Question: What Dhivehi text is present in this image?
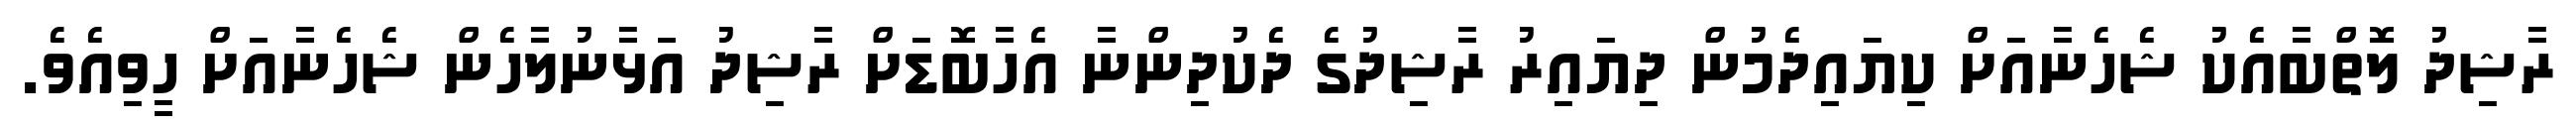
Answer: ރާޝިދު ލޮތްބާއެކު ޝެހެނާއަށް ކިޔައިދެމުން ދިޔައިރު ރާޝިދުގެ ދެކުދިންނާ އެހާބޮޑަށް ރާޝިދު އަޅާނުލާހެން ޝެހެނާއަށް ހީވިއެވެ.